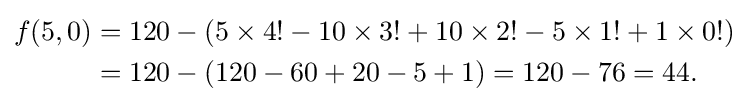
{\begin{aligned}f(5,0)&=120-(5\times 4!-10\times 3!+10\times 2!-5\times 1!+1\times 0!)\\&=120-(120-60+20-5+1)=120-76=44.\end{aligned}}